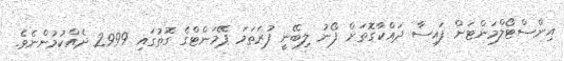
އިންސްޓޯލްމަންޓަށް ފައިސާ ދައްކާގޮތަށް ފޯނު ލިބޭނީ ފުރަތަމަ ޕޭމަންޓްގެ ގޮތުގައި 2999 ދެއްކުމުންނެވެ.